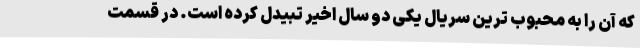
که آن را به محبوب ترین سریال یکی دو سال اخیر تبیدل کرده است. در قسمت